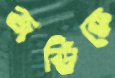
জর্ডিকে